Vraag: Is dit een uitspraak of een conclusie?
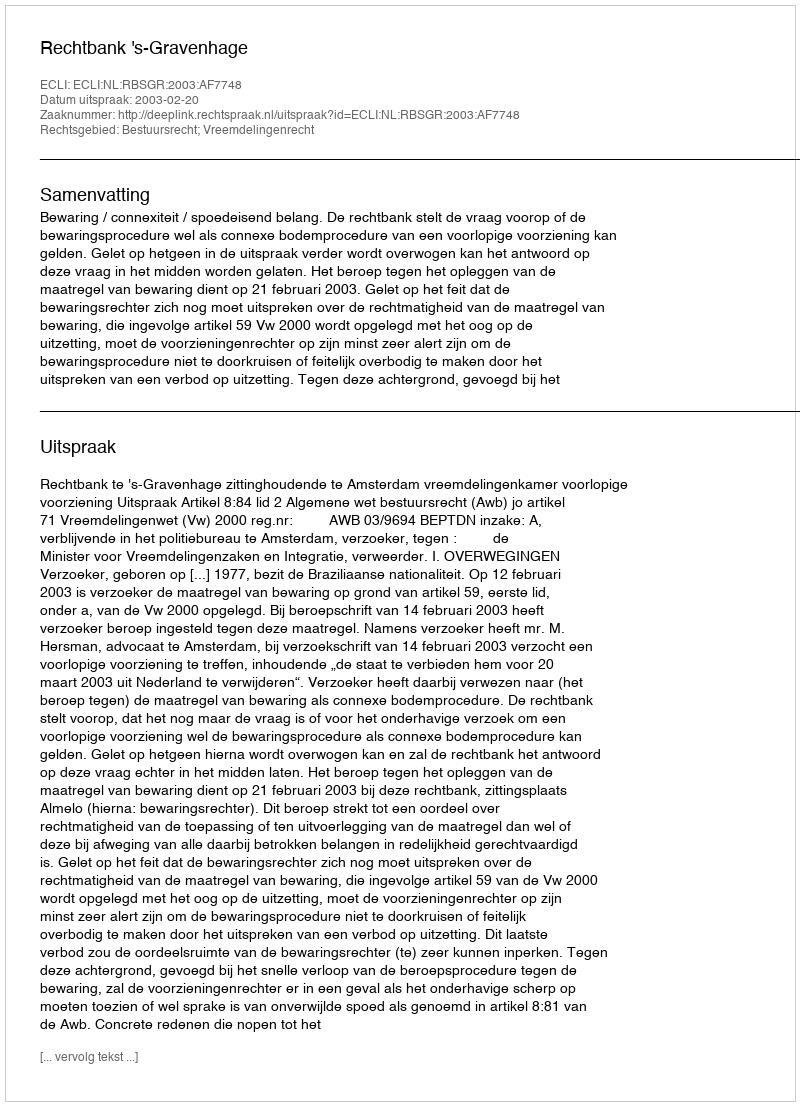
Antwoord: Uitspraak